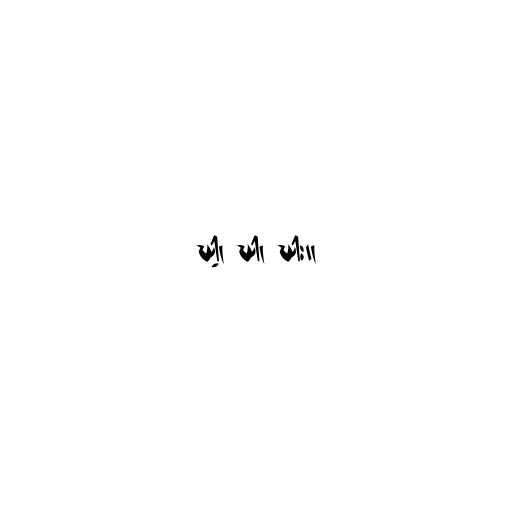
ဃါ့၊ ဃါ၊ ဃါး။